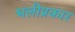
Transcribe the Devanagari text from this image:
भलीप्रकार